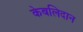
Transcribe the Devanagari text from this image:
केबलिदान